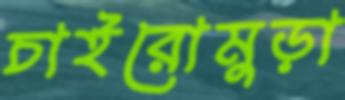
চাইরোমুড়া